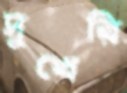
সুখেরি